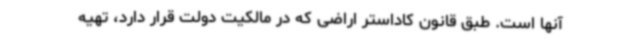
آنها است. طبق قانون کاداستر اراضی که در مالکیت دولت قرار دارد، تهیه